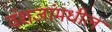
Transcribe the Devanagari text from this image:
वंशजांमधील